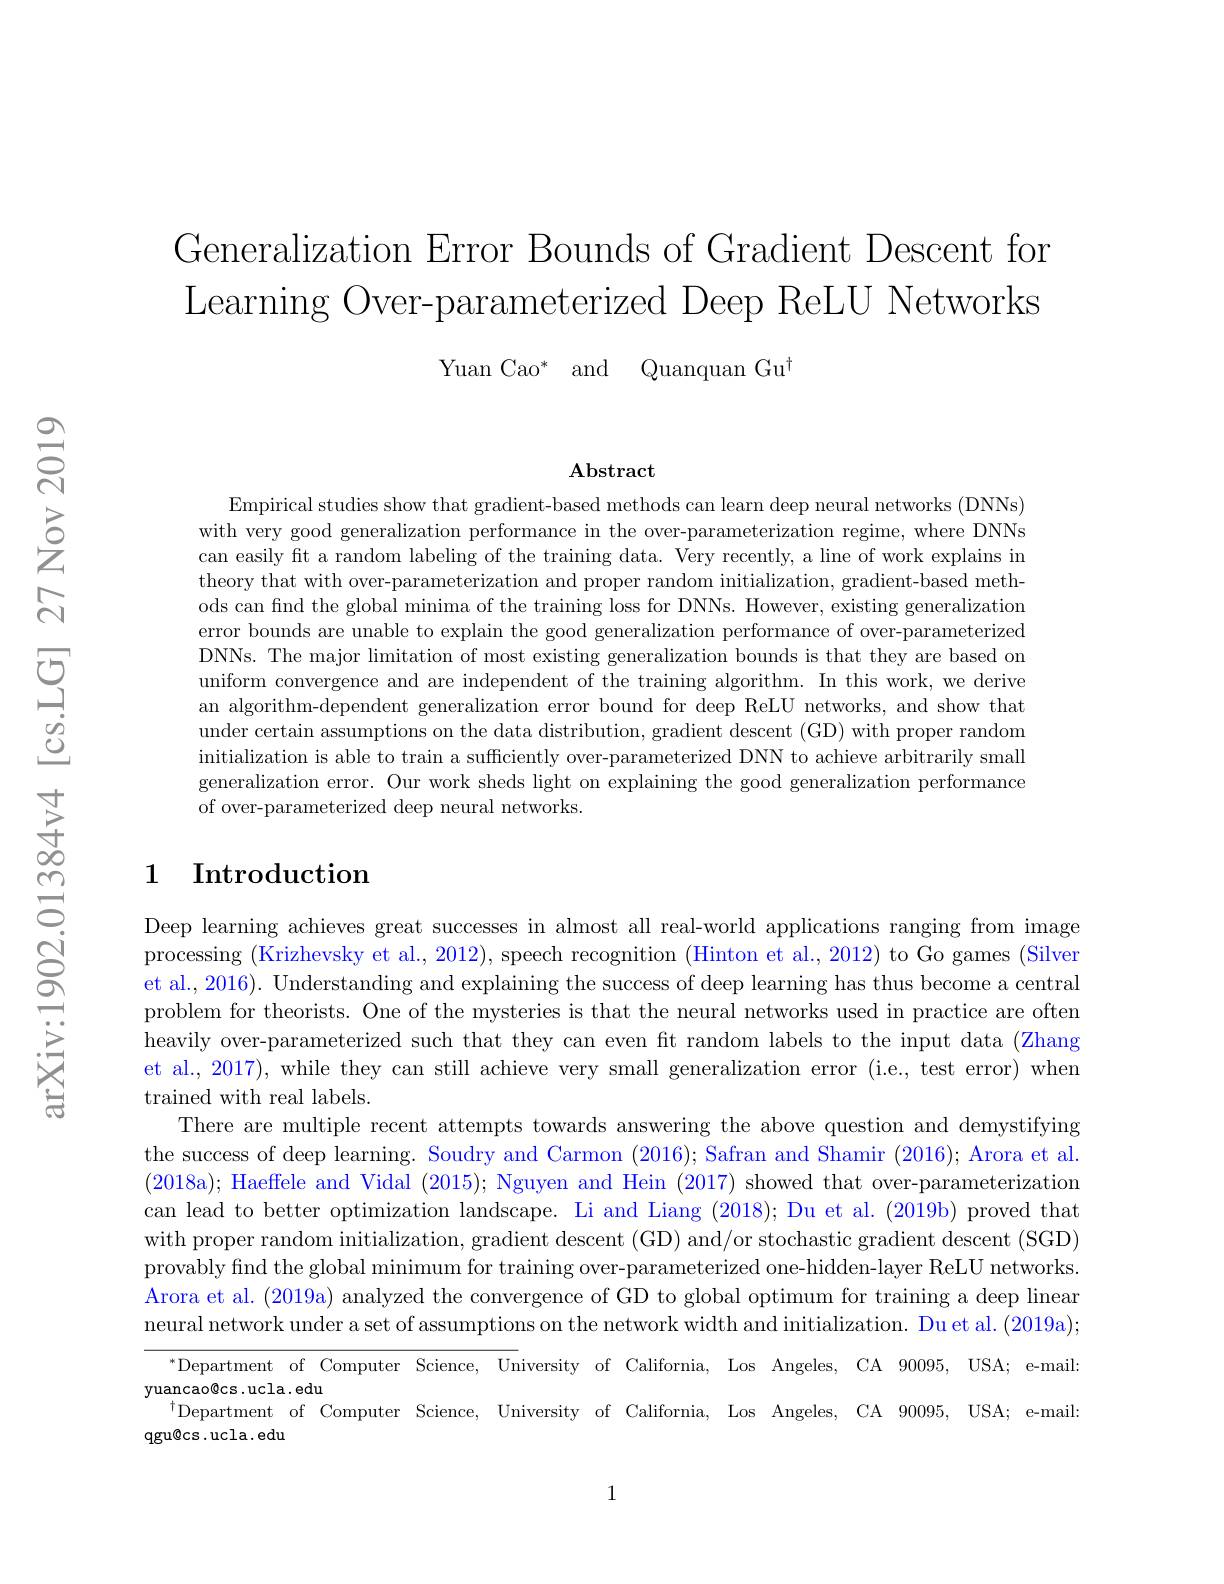
Generalization Error Bounds of Gradient Descent for Learning Over-parameterized Deep ReLU Networks
Yuan Cao* and Quanquan Gu$^{\dagger}$

$\mathbf{Abstract}$

Empirical studies show that gradient- based methods can learn deep neural networks ( DNNs) with very good generalization performance in the over-parameterization regime, where DNNs can easily fit a random labeling of the training data. Very recently, a line of work explains in theory that with over-parameterization and proper random initialization, gradient-based methods can find the global minima of the training loss for DNNs. However, existing generalization error bounds are unable to explain the good generalization performance of over-parameterized DNNs. The major limitation of most existing generalization bounds is that they are based on uniform convergence and are independent of the training algorithm. In this work, we derive an algorithm-dependent generalization error bound for deep ReLU networks, and show that under certain assumptions on the data distribution, gradient descent (GD) with proper random initialization is able to train a sufficiently over-parameterized DNN to achieve arbitrarily small generalization error. Our work sheds light on explaining the good generalization performance of over-parameterized deep neural networks.

## 1 Introduction

Deep learning achieves great successes in almost all real-world applications ranging from image processing (Krizhevsky et al., 2012), speech recognition (Hinton et al., 2012) to Go games (Silver et al., 2016). Understanding and explaining the success of deep learning has thus become a central problem for theorists. One of the mysteries is that the neural networks used in practice are often heavily over-parameterized such that they can even fit random labels to the input data (Zhang et al., 2017), while they can still achieve very small generalization error (i.e., test error) when trained with real labels.
There are multiple recent attempts towards answering the above question and demystifying the success of deep learning. Soudry and Carmon (2016); Safran and Shamir (2016); Arora et al. (2018a); Haeffele and Vidal (2015); Nguyen and Hein (2017) showed that over-parameterization can lead to better optimization landscape. Li and Liang (2018); Du et al. (2019b) proved that with proper random initialization, gradient descent (GD) and/or stochastic gradient descent (SGD) provably find the global minimum for training over-parameterized one-hidden-layer ReLU networks. Arora et al. (2019a) analyzed the convergence of GD to global optimum for training a deep linear neural network under a set of assumptions on the network width and initialization. Du et al. (2019a);
$^{*}$Department of Computer Science, University of California, Los Angeles, CA 90095, USA; e-mail:
yuancao@cs.ucla.edu
$^{\dagger}$Department of Computer Science, University of California, Los Angeles, CA 90095, USA; e-mail:
qgu@ cs. ucla. edu

1